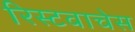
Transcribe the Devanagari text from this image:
रिस्टवाचेस